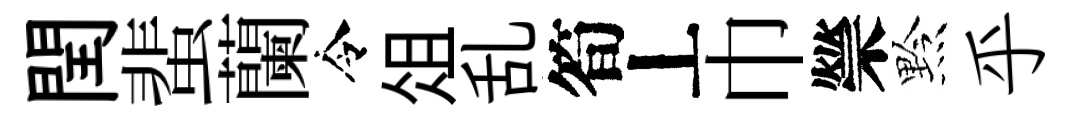
閏蜚蘭令俎乱筍丄巾禜黔乎